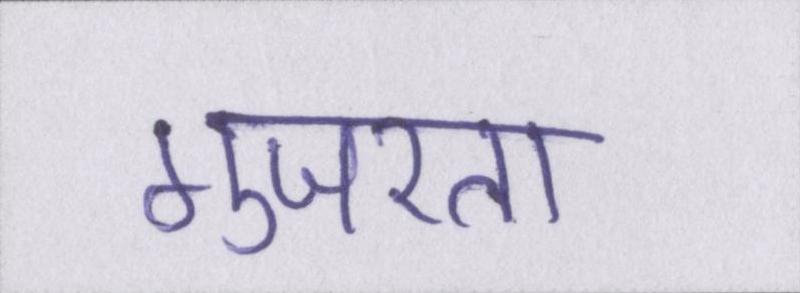
गुजरता